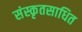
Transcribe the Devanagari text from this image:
संस्कृतसाधित